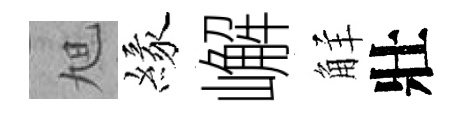
旭緣嶰觧壯